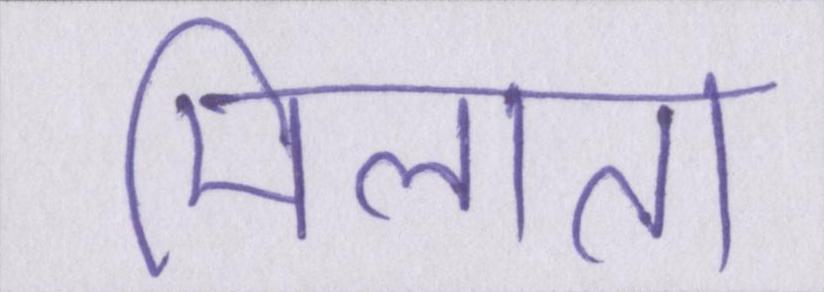
मिलाता